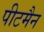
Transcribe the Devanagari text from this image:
पीटमैन